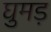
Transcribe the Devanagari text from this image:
घुमड़